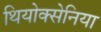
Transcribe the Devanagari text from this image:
थियोक्सेनिया